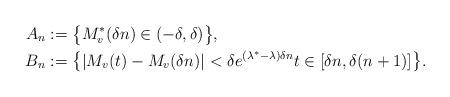
LaTeX: \begin{align*}A_n&:=\big\{M^*_v(\delta n)\in(-\delta,\delta)\big\},\\B_n&:=\big\{|M_v(t)-M_v(\delta n)|<\delta e^{(\lambda^*-\lambda)\delta n}t\in[\delta n,\delta(n+1)]\big\}.\end{align*}